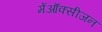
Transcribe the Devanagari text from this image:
मेंऑक्सीजन